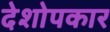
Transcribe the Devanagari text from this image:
देशोपकार